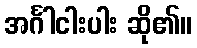
အင်္ဂါငါးပါး ဆို၏။